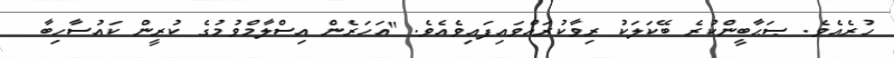
ހުރެއެވެ. ޞަޙާބީންކުރެ ބޭކަލަކު ރިވާކުރައްވައިފައިވެއެވެ. "އަހަރެން އިސްލާމްވުމުގެ ކުރީން ކައުސާހިބާ